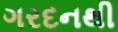
ગરદનથી